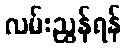
လမ်းညွှန်ရန်